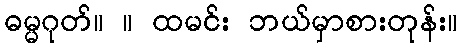
ဓမ္မဂုတ်။ ။ ထမင်း ဘယ်မှာစားတုန်း။